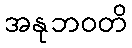
အနုဘဝတိ